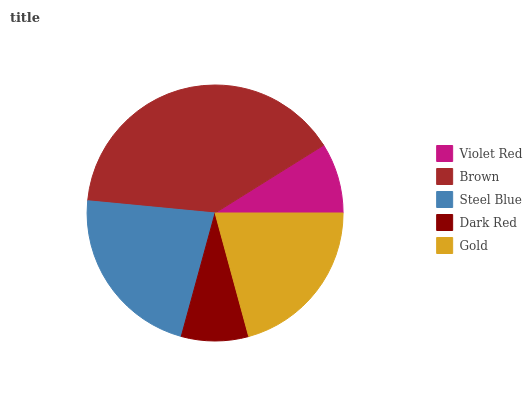
| Violet Red | Brown | Steel Blue | Dark Red | Gold |
 | --- | --- | --- | --- | --- |
 | 8.87% | 39.6% | 22.3% | 8.47% | 20.8% |